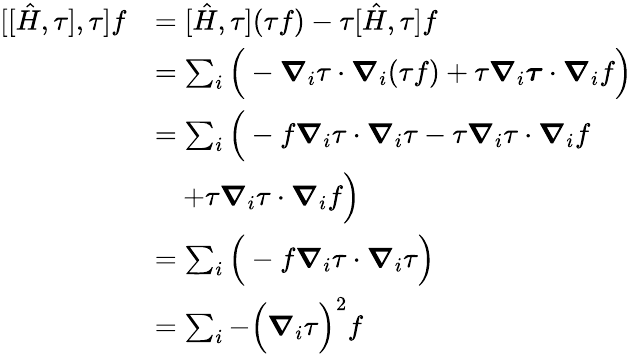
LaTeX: \begin{array}{rl}{[[\hat{H},\tau],\tau]f}&{=[\hat{H},\tau](\tau f)-\tau[\hat{H},\tau]f}\\ &{=\sum_{i}\Big(-\boldsymbol{\nabla}_{i}\tau\cdot\boldsymbol{\nabla}_{i}(\tau f)+\tau\boldsymbol{\nabla}_{i}\boldsymbol\tau\cdot\boldsymbol{\nabla}_{i}f\Big)}\\ &{=\sum_{i}\Big(-f\boldsymbol{\nabla}_{i}\tau\cdot\boldsymbol{\nabla}_{i}\tau-\tau\boldsymbol{\nabla}_{i}\tau\cdot\boldsymbol{\nabla}_{i}f}\\ &{\quad+\tau\boldsymbol{\nabla}_{i}\tau\cdot\boldsymbol{\nabla}_{i}f\Big)}\\ &{=\sum_{i}\Big(-f\boldsymbol{\nabla}_{i}\tau\cdot\boldsymbol{\nabla}_{i}\tau\Big)}\\ &{=\sum_{i}-\Big(\boldsymbol{\nabla}_{i}\tau\Big)^{2}f}\end{array}